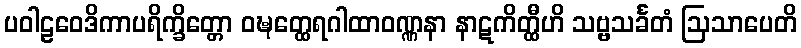
ပဝါဠဝေဒိကာပရိက္ခိတ္တော ဝဍ္ဎတ္ထေရဂါထာဝဏ္ဏနာ နာဋကိတ္ထီဟိ သဗ္ဗသင်္ခတံ ဩသာပေတိ